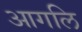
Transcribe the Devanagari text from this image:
आगलि